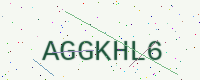
Text: AGGKHL6